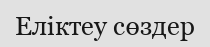
Еліктеу сөздер